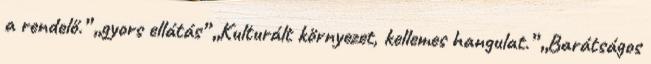
a rendelő.” „gyors ellátás” „Kulturált környezet, kellemes hangulat.” „Barátságos